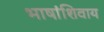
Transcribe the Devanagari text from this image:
भाषांशिवाय